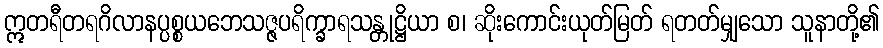
ဣတရီတရဂိလာနပ္ပစ္စယဘေသဇ္ဇပရိက္ခာရသန္တုဋ္ဌိယာ စ၊ ဆိုးကောင်းယုတ်မြတ် ရတတ်မျှသော သူနာတို့၏